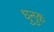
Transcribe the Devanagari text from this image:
धुनुक